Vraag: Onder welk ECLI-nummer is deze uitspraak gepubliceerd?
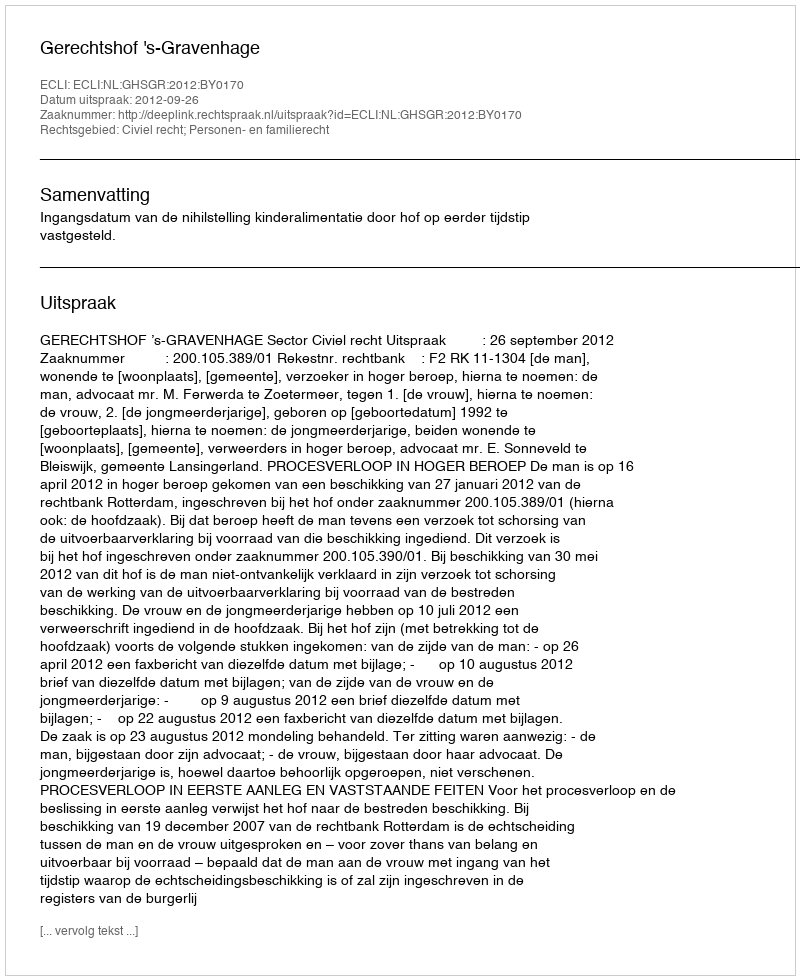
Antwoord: ECLI:NL:GHSGR:2012:BY0170